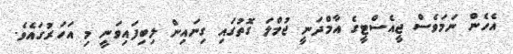
އެހެން ނަމަވެސް ޖީއެސްޓީގެ އާމްދަނީ ޖުމްލަ ގޮތުގައި ގިނައިން ލިބިފައިވަނީ މި އަހަރުގައެވެ.